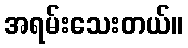
အရမ်းသေးတယ်။